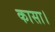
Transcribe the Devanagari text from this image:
कासा।